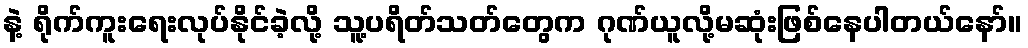
နဲ့ ရိုက်ကူးရေးလုပ်နိုင်ခဲ့လို့ သူ့ပရိတ်သတ်တွေက ဂုဏ်ယူလို့မဆုံးဖြစ်နေပါတယ်နော်။